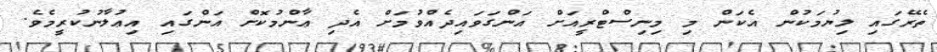
ތެރޭގައި ލިޔުމަކުން އެކަން މި މިނިސްޓްރީއަށް އަންގަވައިދެއްވުމަށް އެދި ޢާންމުކޮށް އަންގައި އިޢުލާނުކުރީމެވެ.